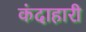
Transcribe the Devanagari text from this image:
कंदाहारी